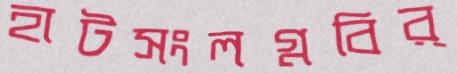
হাটসংলগ্নবির্